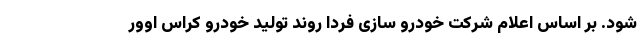
شود. بر اساس اعلام شرکت خودرو سازی فردا روند تولید خودرو کراس اوور